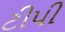
ટીપી